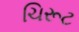
ચિરૂટ